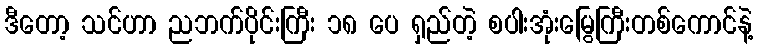
ဒီတော့ သင်ဟာ ညဘက်ပိုင်းကြီး ၁၈ ပေ ရှည်တဲ့ စပါးအုံးမြွေကြီးတစ်ကောင်နဲ့